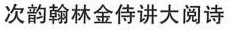
次韵翰林金侍讲大阅诗